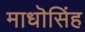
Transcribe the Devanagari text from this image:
माधॊसिंह